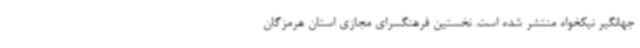
جهانگیر نیکخواه منتشر شده است. نخستین فرهنگسرای مجازی استان هرمزگان